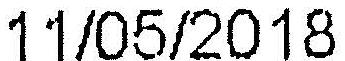
11/05/2018